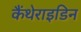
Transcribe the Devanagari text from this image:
कैंथेराइडिन